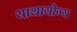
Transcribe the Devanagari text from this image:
याथायोग्य